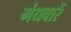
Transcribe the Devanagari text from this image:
गंधवारें